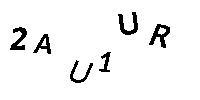
2AU1UR